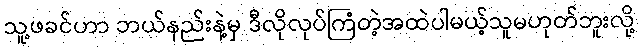
သူ့ဖခင်ဟာ ဘယ်နည်းနဲ့မှ ဒီလိုလုပ်ကြံတဲ့အထဲပါမယ့်သူမဟုတ်ဘူးလို့